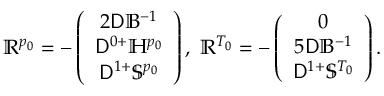
\mathbb { R } ^ { p _ { 0 } } = - \left( \begin{array} { c } { 2 \mathsf { D } \mathbb { B } ^ { - 1 } } \\ { \mathsf { D } ^ { 0 + } \mathbb { H } ^ { p _ { 0 } } } \\ { \mathsf { D } ^ { 1 + } \mathbb { S } ^ { p _ { 0 } } } \end{array} \right) , \; \mathbb { R } ^ { T _ { 0 } } = - \left( \begin{array} { c } { 0 } \\ { 5 \mathsf { D } \mathbb { B } ^ { - 1 } } \\ { \mathsf { D } ^ { 1 + } \mathbb { S } ^ { T _ { 0 } } } \end{array} \right) .